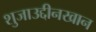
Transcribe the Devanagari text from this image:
शुजाउद्दीनखान